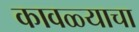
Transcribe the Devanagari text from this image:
कावळ्याचा